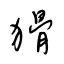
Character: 猾